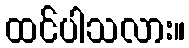
ထင်ပါသလား။